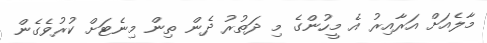
މާލެއަށް އަރާއިރު އެ މީހުންގެ މި ދަތުރު ދެން ތިން މިނެޓަށް ކުރުވެގެން